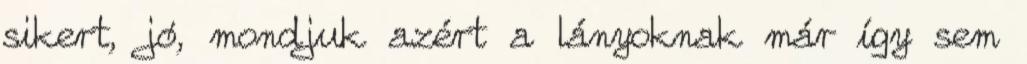
sikert, jó, mondjuk azért a lányoknak már így sem